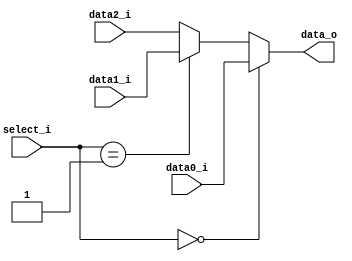
/***************************************************
Student Name: 
Student ID: 
***************************************************/

`timescale 1ns/1ps

module MUX_3to1(
	input  [31:0] data0_i,       
	input  [31:0] data1_i,
	input  [31:0] data2_i,
	input  [ 1:0] select_i,
	output [31:0] data_o
    );		   

/* Write your code HERE */
assign data_o=(select_i==0)?data0_i:
				  (select_i==1)?data1_i:
				   data2_i;

endmodule